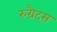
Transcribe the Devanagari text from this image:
रुग्रैट्स